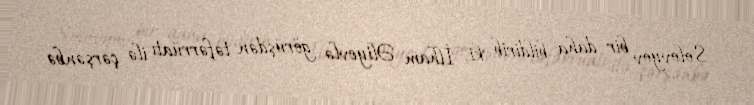
Solovyov bir daha bildirib ki, İlham Əliyevlə görüşdən təfərrüatı ilə çərşənbə